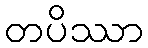
တပိဿာ